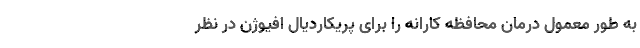
به طور معمول درمان محافظه کارانه را برای پریکاردیال افیوژن در نظر